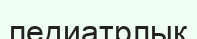
педиатрлық